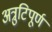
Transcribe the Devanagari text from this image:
अत्रुटिपूर्ण